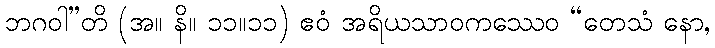
ဘဂဝါ”တိ (အ။ နိ။ ၁၁။၁၁) ဧဝံ အရိယသာဝကဿေဝ “တေသံ နော,